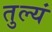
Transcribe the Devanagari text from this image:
तुल्यं